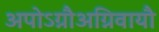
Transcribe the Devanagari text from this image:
अपोऽग्नौअग्निवायौ